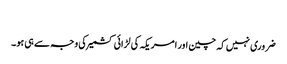
​
ضروری نہیں کہ چین اور امریکہ کی لڑائی کشمیر کی وجہ سے ہی ہو۔